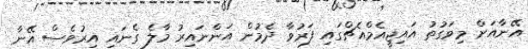
އޭނާއަށް މިވަގުތު އައިޖީއެމްއެޗްގައި ފަރުވާ ދެމުން އަންނައިރު މާލެ ގެނައި އިރުވެސް އޭނާ